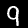
Digit: 9